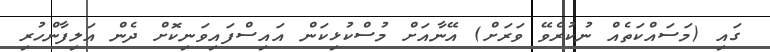
ގައި (މަސައްކަތެއް ނުކުރެވޭ ވަރަށް) އޭނާއަށް މުސްކުޅިކަން އައިސްފައިވަނިކޮށް ދެން އަލިފާންހުރި